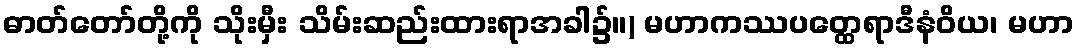
ဓာတ်တော်တို့ကို သိုးမှီး သိမ်းဆည်းထားရာအခါ၌။) မဟာကဿပတ္ထေရာဒီနံဝိယ၊ မဟာ